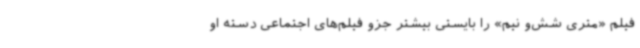
فیلم «متری شش‌و نیم» را بایستی بیشتر جزو فیلم‌های اجتماعی دسته او